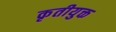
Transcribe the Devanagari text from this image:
कृतीयुक्त